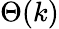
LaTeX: \Theta(k)